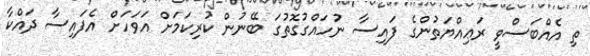
ތި އެއްބަސްވީ ރަޢިއްޔަތުންގެ ފައިސާ ނުހައްގުގޮތުގަ ބޭނުން ކުރިކަމަށް އަވަހަށް އެފައިސާ ދައްކާ